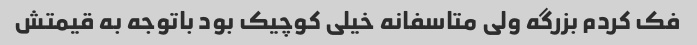
فک کردم بزرگه ولی متاسفانه خیلی کوچیک بود باتوجه به قیمتش